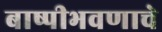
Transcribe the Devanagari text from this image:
बाष्पीभवणाचे